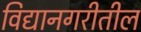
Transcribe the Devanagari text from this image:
विद्यानगरीतील